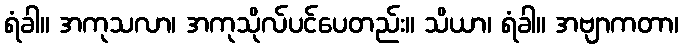
ရံခါ။ အကုသလာ၊ အကုသိုလ်ပင်ပေတည်း။ သိယာ၊ ရံခါ။ အဗျာကတာ၊